Report of the Municipal Commissioner on the plague in Bombay for the year ending 31st May... - Volume 3
Disease focus: Plague
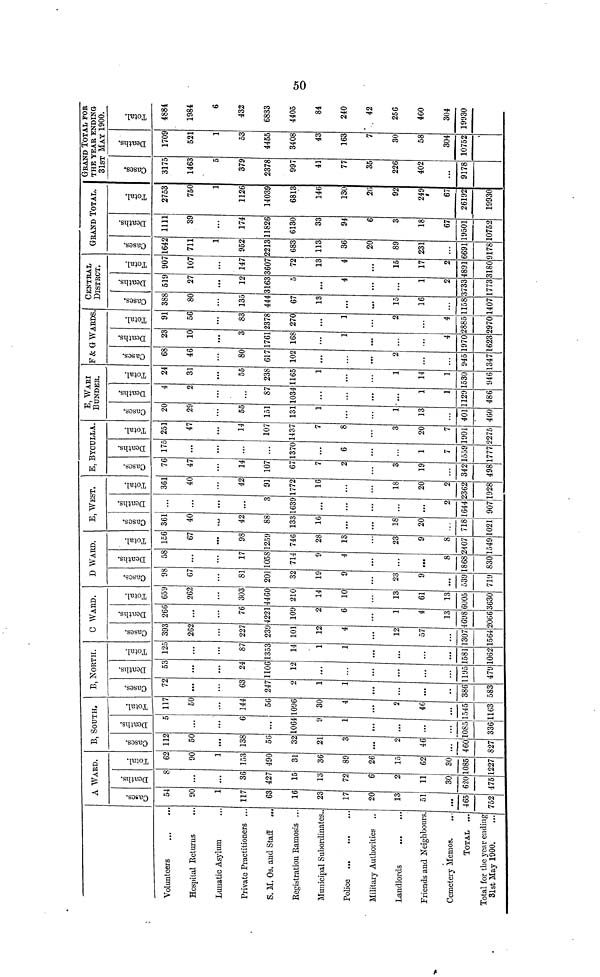
Volunteers
Hospital Returns
Lunatic Asylum
Private Practitioners
S. M. Os. and Staff
.
Registration Ramosis .
Municipal Subordinates
Police
Military Authorities
Landlords
Friends and Neighbours.
Cemetery Memos.
TOTAL ...
Total for the year ending
31st May 1900.
A WARD.
Cases.
54
90
1
117
63
16
23
17
20
13
51
465
752
Deaths.
8
...
...
36
427
15
13
72
6
2
11
30
620
475
Total.
62
90
1
153
490
36
89
26
15
62
30
1085
1227
B, SOUTH,
Cases.
112
50
...
138
56
32
21
2
46
460
827
Deaths.
5
...
...
6
064
1085
336
Total.
117
50
...
144
56
1096
30
2
46
1545
1163
B, NORTH.
Cases.
72
...
...
63
247
386
583
Deaths.
53
...
...
24
1106
12
...
1195
479
Total.
125
...
...
87
1353
14
1581
1062
C WARD.
Cases.
393
262
...
227
239
101
12
4
12
57
1307
1564
Deaths.
266
...
...
76
4221
109
6
1
4
13
4698
2066
Total.
659
262
303
4460
210
14
10
13
61
13
6005
3630
D WARD.
Cases.
98
67
81
201
32
19
23
9
539
719
Deaths.
58
...
17
1058
714
4
...
8
1868
830
Total.
156
67
98
1259
746
28
13
23
9
8
2407
1549
E, WEST.
Cases.
361
40
42
88
133
16
...
18
20
718
1021
Deaths.
...
...
3
1639
...
...
...
2
1644
907
Total.
361
40
42
91
1772
16
...
18
20
2
2362
1928
E, BYCULLA.
Cases.
76
47
14
107
67
2
3
19
342
498
Deaths.
175
...
...
...
370
...
6
1
7
1559
1777
Total.
251
47
14
107
1437
8
3
20
7
1901
2275
E, WARI
BUNDER.
Cases.
20
29
55
151
131
1
13
401
460
Deaths.
4
2
...
87
034
1
1
1129
486
Total.
24
31
55
238
1165
1
14
1
1530
946
F&G WARDS
Cases.
68
46
80
617
102
2
945
1347
Deaths.
23
10
3
1761
168
1
...
4
1970
1623
Total.
91
56
83
2378
270
1
2
4
2885
2970
CENTRAL
DISTRCT.
Cases.
388
80
135
444
67
13
15
16
1158
1407
Deaths.
519
27
12
3163
4
...
1
2
3733
1773
Total.
907
107
147
3607
72
13
4
15
17
2
4891
3180
GRAND TOTAL.
Cases.
1642
711
1
952
2213
683
113
36
20
89
231
6691
9178
Deaths.
1111
39
...
174
11826
6130
33
94
6
3
18
67
19501
10752
Total.
2753
750
1
1126
14039
6813
146
130
26
92
249
67
26192
19930
GRAND TOTAL FOR
THE YEAR ENDING
31ST MAY 1900.
Cases.
3175
1463
5
379
2378
997
41
77
35
226
402
9178
Deaths.
1709
521
1
53
4455
3408
43
163
7
30
58
304
10752
Total.
4884
1984
6
432
6833
4405
84
240
42
256
460
304
19930
50